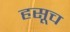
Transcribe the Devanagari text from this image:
हसूच